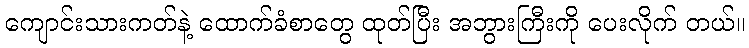
ကျောင်းသားကတ်နဲ့ ထောက်ခံစာတွေ ထုတ်ပြီး အဘွားကြီးကို ပေးလိုက် တယ်။